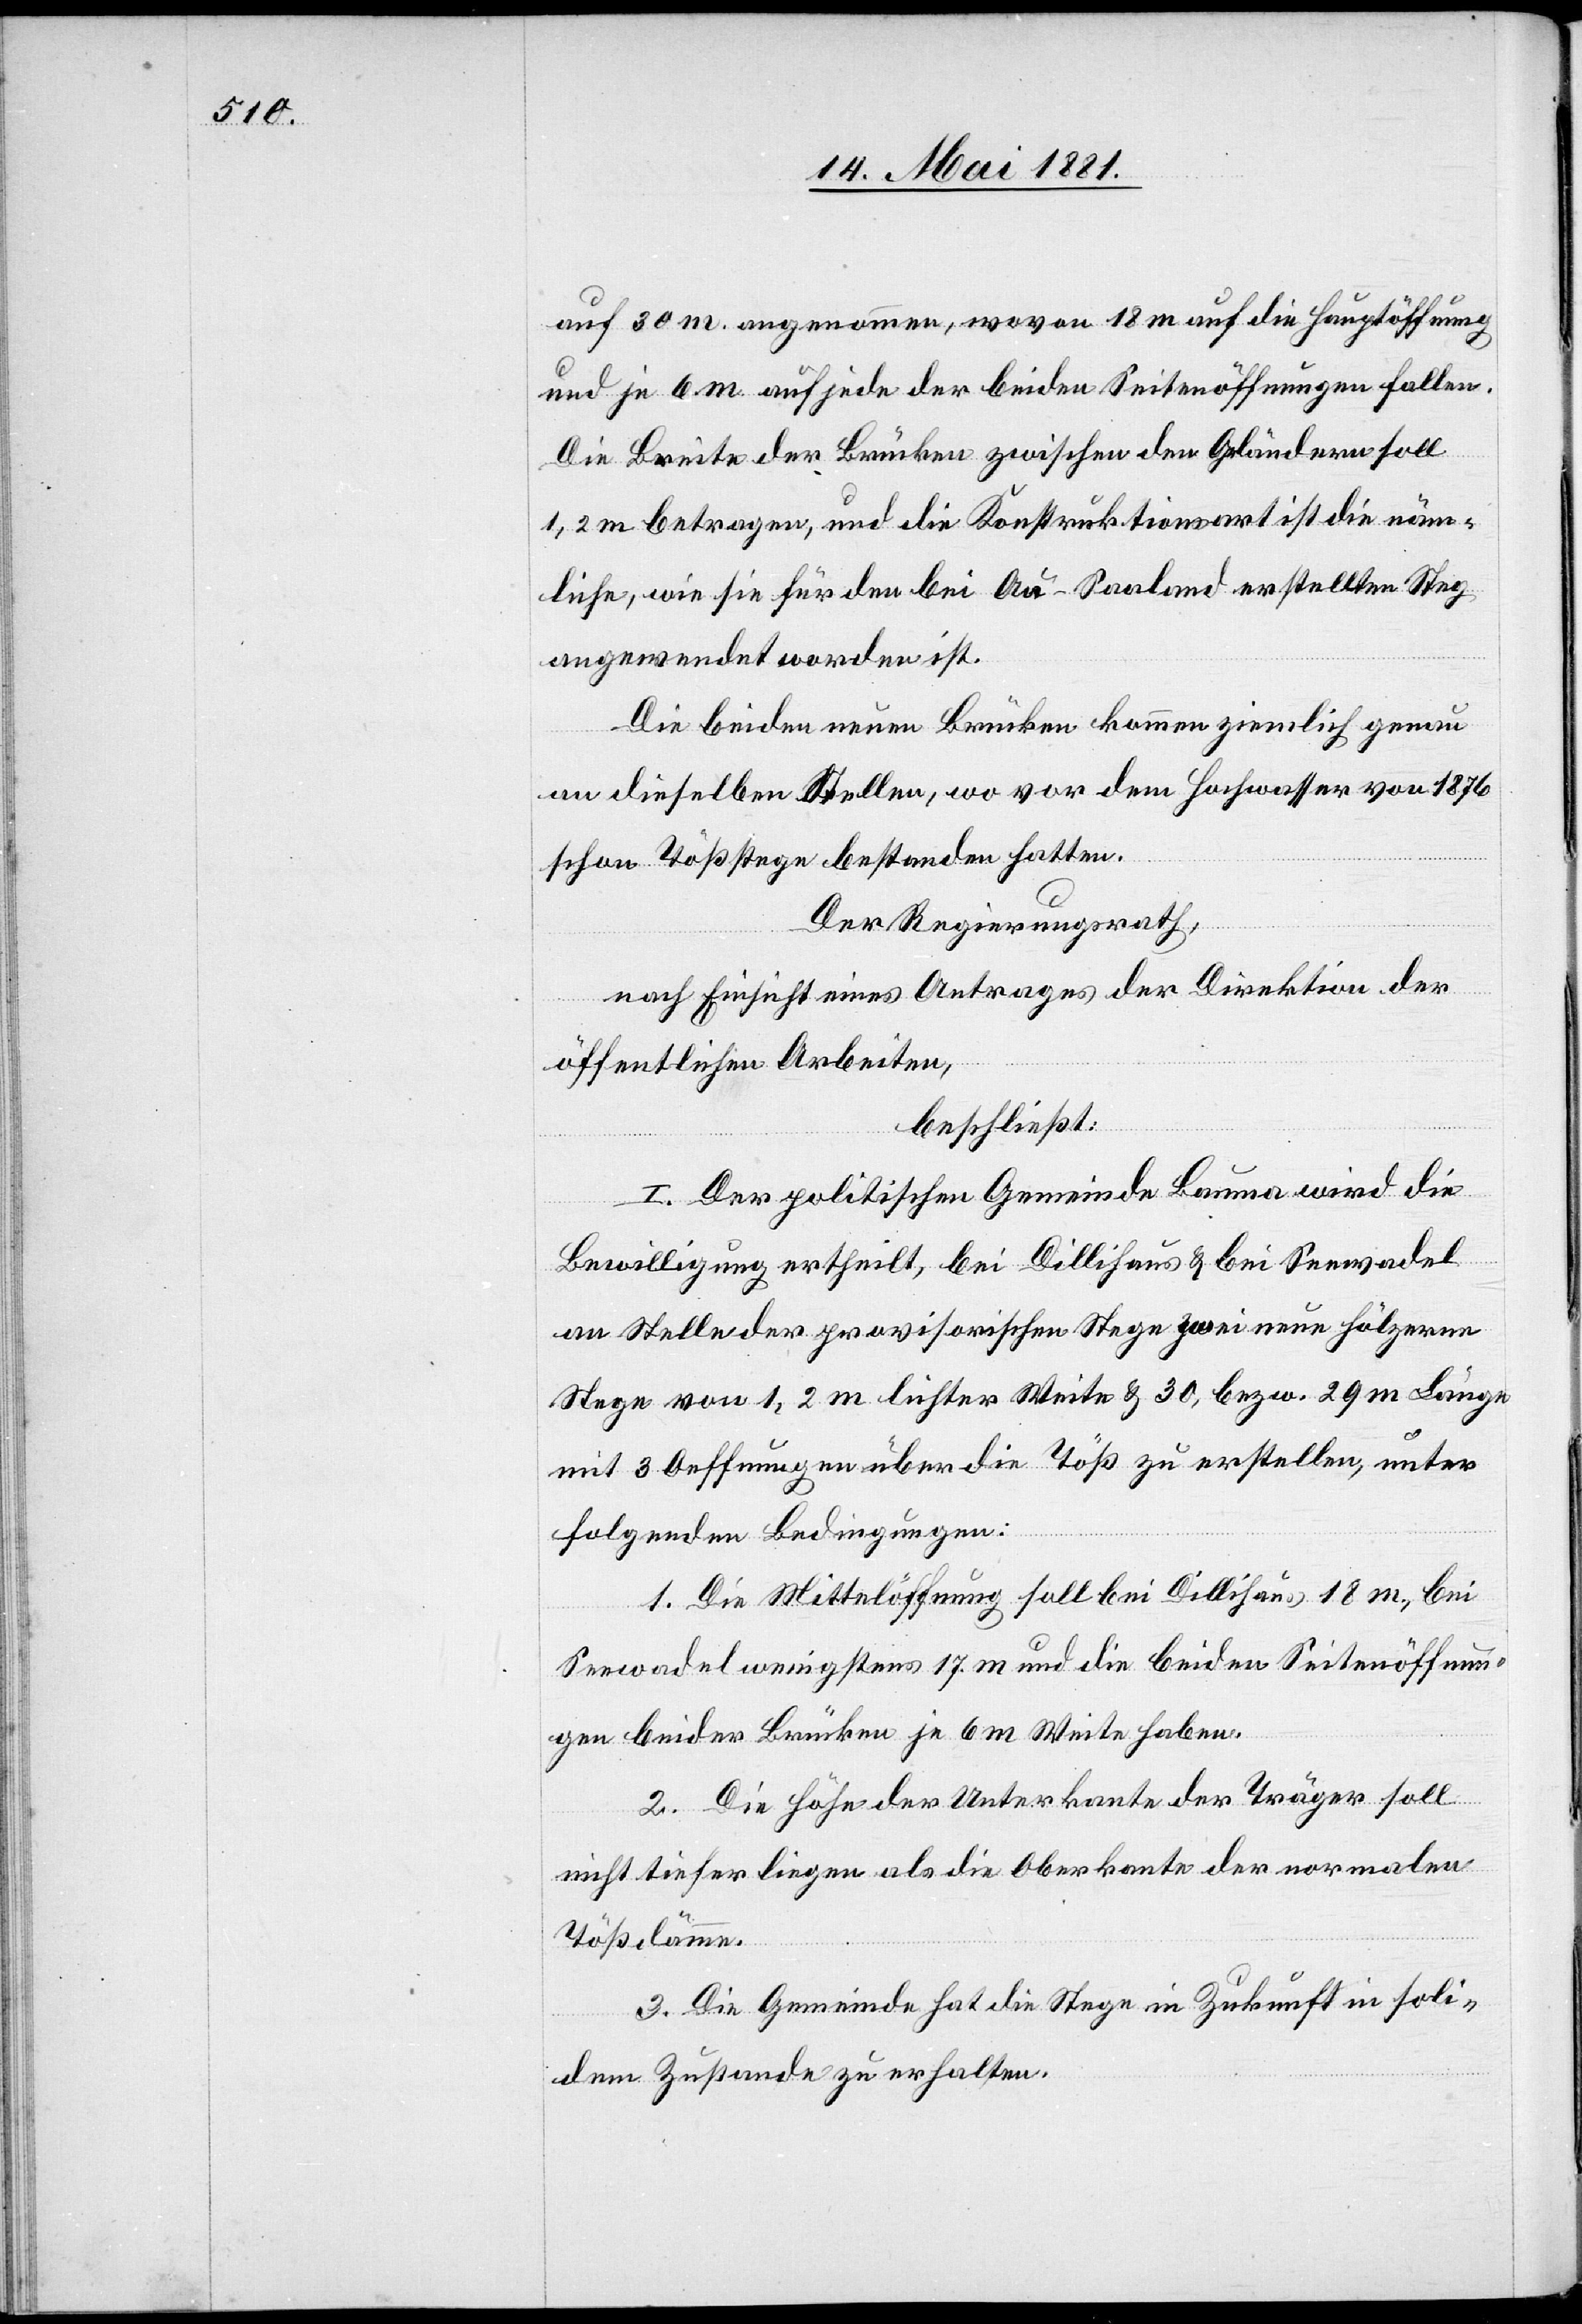
auf 30 m angenommen, wovon 18 m auf die Hauptöffnung
und je 6 m auf jede der beiden Seitenöffnungen fallen.
Die Breite der Brücken zwischen den Geländern soll
1,2 m betragen, und die Konstruktionsart ist die näm¬
liche, wie sie für den bei Au - Saaland erstellten Steg
angewendet worden ist.
die beiden neuen Brücken kommen ziemlich genau
an dieselben Stellen, wo vor dem Hochwasser von 1879
schon Tößstege bestanden hatten.
Der Regierungsrath,
nach Einsicht eines Antrages der Direktion der
öffentlichen Arbeiten,
beschließt:
I. Der politischen Gemeinde Bauma wird die
Bewilligung ertheilt, bei Dillihaus & bei Seewadel
an Stelle der provisorischen Stege zwei neue hölzerne
Stege von 1,2 m lichter Weite & 30, bezw. 29 m Länge
mit 3 Oeffnungen über die Töß zu erstellen, unter
folgenden Bedingungen:
1. Die Mittelöffnung soll bei Dillihaus 18 m, bei
Seewadel wenigstens 17 m und die beiden Seitenöffnun¬
gen beider Brücken je 6 m Weite haben.
2. Die Höhe der Unterkante der Träger soll
nicht tiefer liegen als die Oberkannte der normalen
Tößdämme.
3. Die Gemeinde hat die Stege in Zukunft in soli¬
dem Zustand zu erhalten.